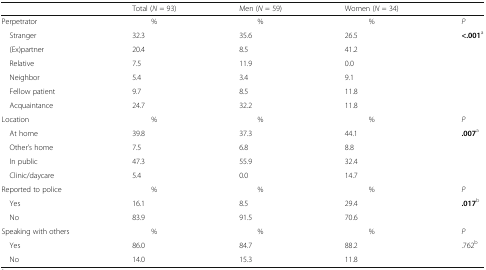
|  | Total (N = 93) | Men (N = 59) | Women (N = 34) |  |
 | --- | --- | --- | --- | --- |
 | Perpetrator | % | % | % | P |
 | Stranger | 32.3 | 35.6 | 26.5 | <.001a |
 | (Ex)partner | 20.4 | 8.5 | 41.2 |  |
 | Relative | 7.5 | 11.9 | 0.0 |  |
 | Neighbor | 5.4 | 3.4 | 9.1 |  |
 | Fellow patient | 9.7 | 8.5 | 11.8 |  |
 | Acquaintance | 24.7 | 32.2 | 11.8 |  |
 | Location | % | % | % | P |
 | At home | 39.8 | 37.3 | 44.1 | .007a |
 | Other’s home | 7.5 | 6.8 | 8.8 |  |
 | In public | 47.3 | 55.9 | 32.4 |  |
 | Clinic/daycare | 5.4 | 0.0 | 14.7 |  |
 | Reported to police | % | % | % | P |
 | Yes | 16.1 | 8.5 | 29.4 | .017b |
 | No | 83.9 | 91.5 | 70.6 |  |
 | Speaking with others | % | % | % | P |
 | Yes | 86.0 | 84.7 | 88.2 | .762b |
 | No | 14.0 | 15.3 | 11.8 |  |